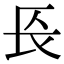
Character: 𨱗